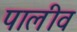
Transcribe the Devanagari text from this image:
पालीव